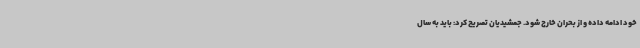
خود ادامه داده و از بحران خارج شود. جمشیدیان تصریح کرد: باید به سال